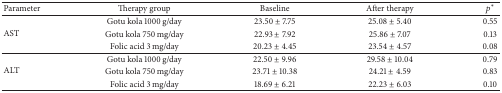
<table><thead><tr><td><b>Parameter</b></td><td><b>Therapy group</b></td><td><b>Baseline</b></td><td><b>After therapy</b></td><td><b><i>p</i><sup><i>∗</i></sup></b></td></tr></thead><tbody><tr><td rowspan="3">AST</td><td>Gotu kola 1000 g/day</td><td>23.50 ± 7.75</td><td>25.08 ± 5.40</td><td>0.55</td></tr><tr><td>Gotu kola 750 mg/day</td><td>22.93 ± 7.92</td><td>25.86 ± 7.07</td><td>0.13</td></tr><tr><td>Folic acid 3 mg/day</td><td>20.23 ± 4.45</td><td>23.54 ± 4.57</td><td>0.08</td></tr><tr><td rowspan="3">ALT</td><td>Gotu kola 1000 g/day</td><td>22.50 ± 9.96</td><td>29.58 ± 10.04</td><td>0.79</td></tr><tr><td>Gotu kola 750 mg/day</td><td>23.71 ± 10.38</td><td>24.21 ± 4.59</td><td>0.83</td></tr><tr><td>Folic acid 3 mg/day</td><td>18.69 ± 6.21</td><td>22.23 ± 6.03</td><td>0.10</td></tr></tbody></table>